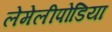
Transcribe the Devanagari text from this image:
लेमेलीपोडिया